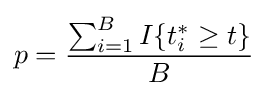
p={\frac {\sum _{i=1}^{B}I\{t_{i}^{*}\geq t\}}{B}}